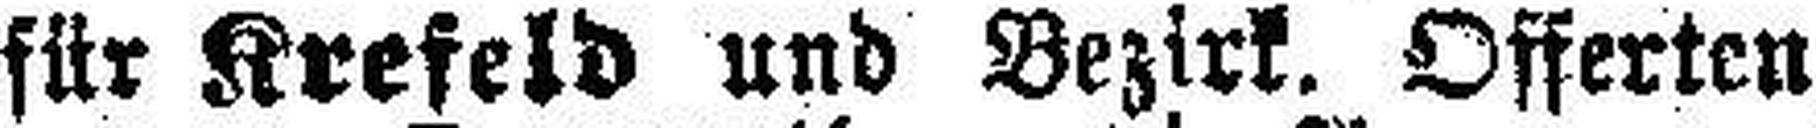
für Krefeld und Bezirk. Offerten